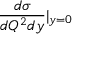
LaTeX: \frac { d \sigma } { d Q ^ { 2 } d y } | _ { y = 0 }